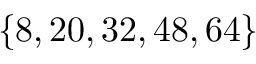
\{ 8 , 2 0 , 3 2 , 4 8 , 6 4 \}